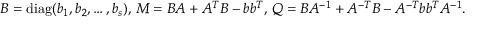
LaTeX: B = \operatorname { d i a g } ( b _ { 1 } , b _ { 2 } , \ldots , b _ { s } ) , \, M = B A + A ^ { T } B - b b ^ { T } , \, Q = B A ^ { - 1 } + A ^ { - T } B - A ^ { - T } b b ^ { T } A ^ { - 1 } .